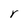
Character: r